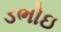
ડભોઇ